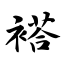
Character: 褡